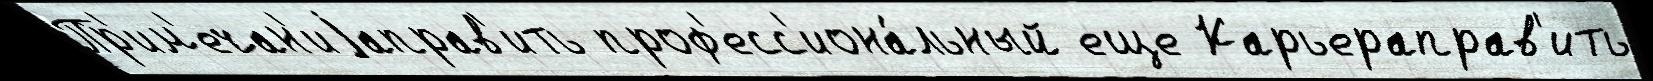
Пр'им'ечан'иjаправ'ить проф'есс'иона́льный еще Карьераправ'ить